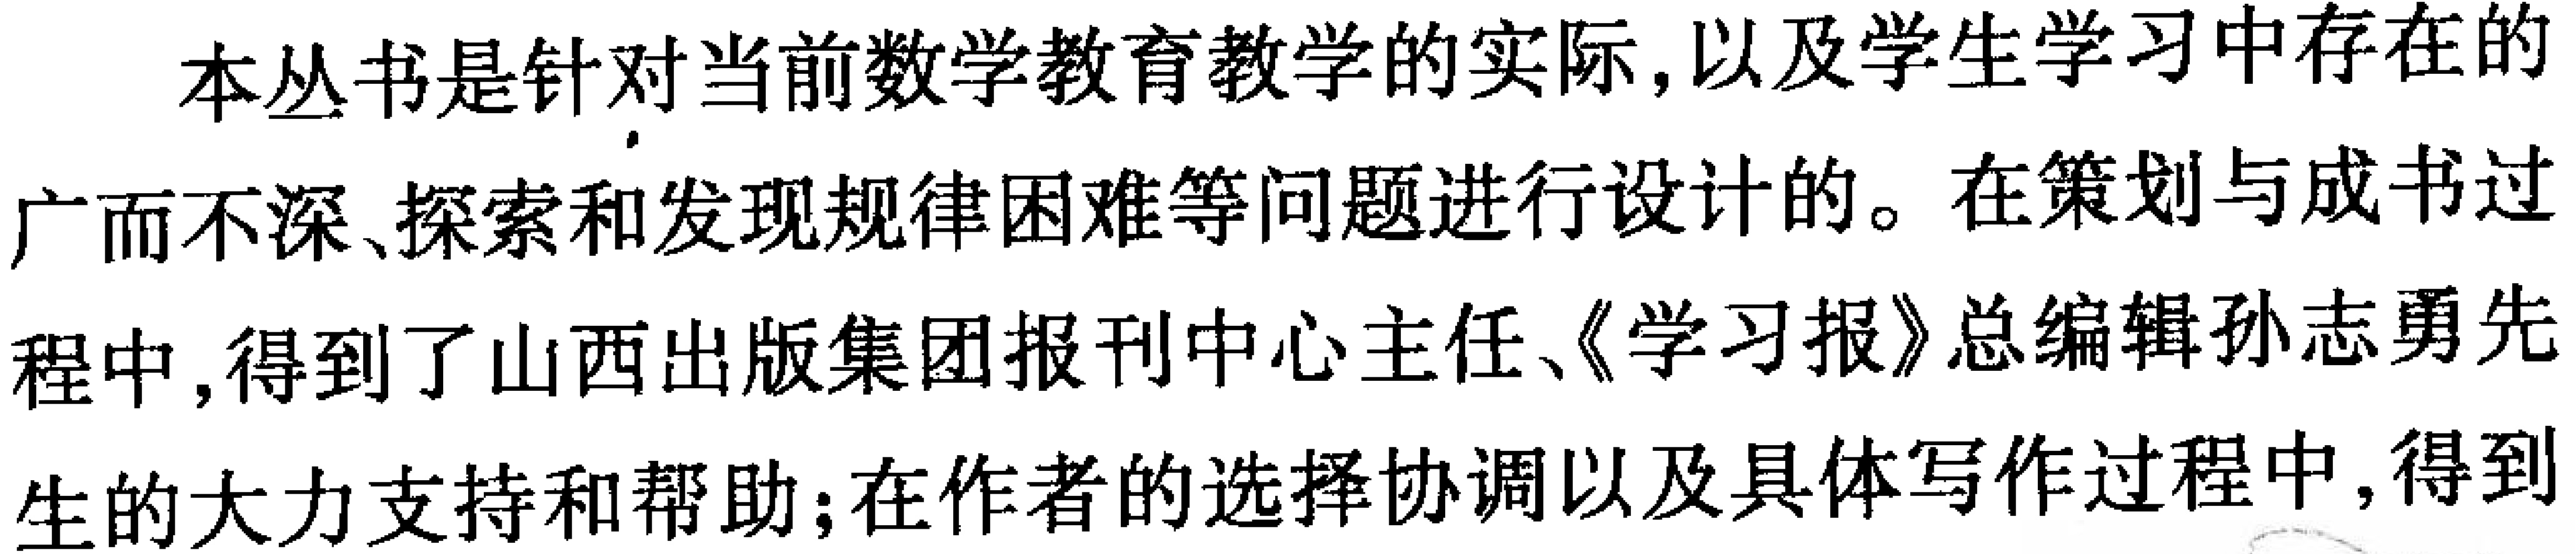
本丛书是针对当前数学教育教学的实际，以及学生学习中存在的

广而不深、探索和发现规律困难等问题进行设计的。在策划与成书过

程中，得到了山西出版集团报刊中心主任、《学习报》总编辑孙志勇先

生的大力支持和帮助；在作者的选择协调以及具体写作过程中，得到